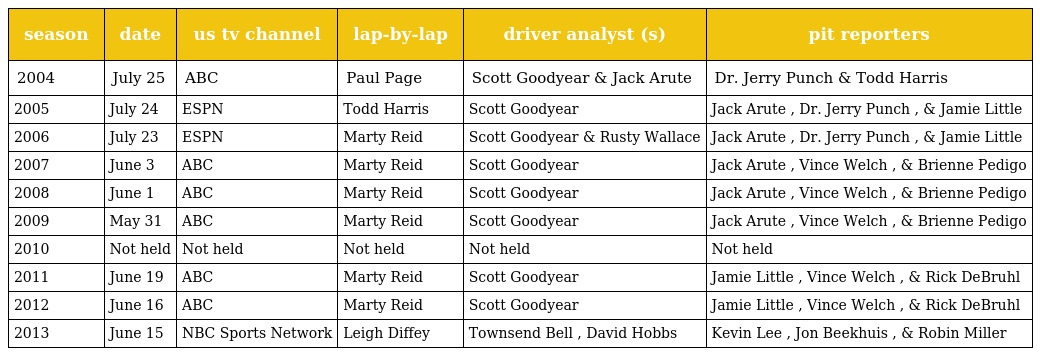
| season | date | us tv channel | lap-by-lap | driver analyst (s) | pit reporters |
 | --- | --- | --- | --- | --- | --- |
 | 2004 | July 25 | ABC | Paul Page | Scott Goodyear & Jack Arute | Dr. Jerry Punch & Todd Harris |
 | 2005 | July 24 | ESPN | Todd Harris | Scott Goodyear | Jack Arute , Dr. Jerry Punch , & Jamie Little |
 | 2006 | July 23 | ESPN | Marty Reid | Scott Goodyear & Rusty Wallace | Jack Arute , Dr. Jerry Punch , & Jamie Little |
 | 2007 | June 3 | ABC | Marty Reid | Scott Goodyear | Jack Arute , Vince Welch , & Brienne Pedigo |
 | 2008 | June 1 | ABC | Marty Reid | Scott Goodyear | Jack Arute , Vince Welch , & Brienne Pedigo |
 | 2009 | May 31 | ABC | Marty Reid | Scott Goodyear | Jack Arute , Vince Welch , & Brienne Pedigo |
 | 2010 | Not held | Not held | Not held | Not held | Not held |
 | 2011 | June 19 | ABC | Marty Reid | Scott Goodyear | Jamie Little , Vince Welch , & Rick DeBruhl |
 | 2012 | June 16 | ABC | Marty Reid | Scott Goodyear | Jamie Little , Vince Welch , & Rick DeBruhl |
 | 2013 | June 15 | NBC Sports Network | Leigh Diffey | Townsend Bell , David Hobbs | Kevin Lee , Jon Beekhuis , & Robin Miller |